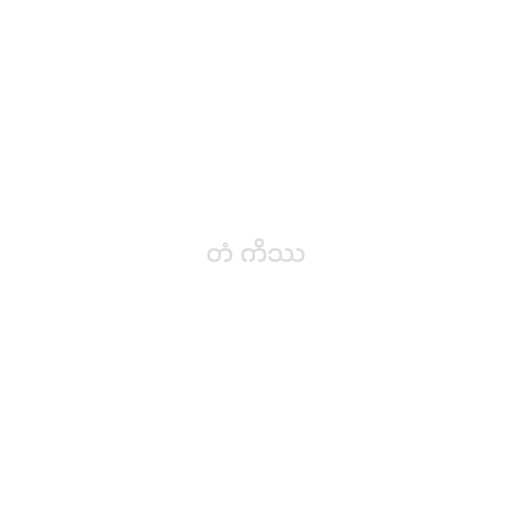
တံ ကိဿ